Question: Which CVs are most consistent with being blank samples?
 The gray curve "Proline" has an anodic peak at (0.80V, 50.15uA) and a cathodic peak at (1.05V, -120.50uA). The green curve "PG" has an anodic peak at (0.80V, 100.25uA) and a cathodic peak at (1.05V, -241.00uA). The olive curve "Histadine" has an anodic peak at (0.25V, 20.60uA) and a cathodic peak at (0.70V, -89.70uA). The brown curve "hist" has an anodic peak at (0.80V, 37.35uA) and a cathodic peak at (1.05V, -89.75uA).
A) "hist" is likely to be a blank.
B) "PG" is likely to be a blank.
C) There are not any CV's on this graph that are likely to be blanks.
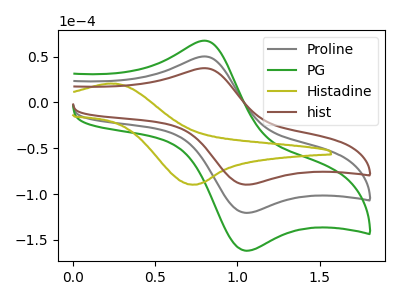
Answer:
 <answer>C) There are not any CV's on this graph that are likely to be blanks.</answer>
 <eval>C</eval>